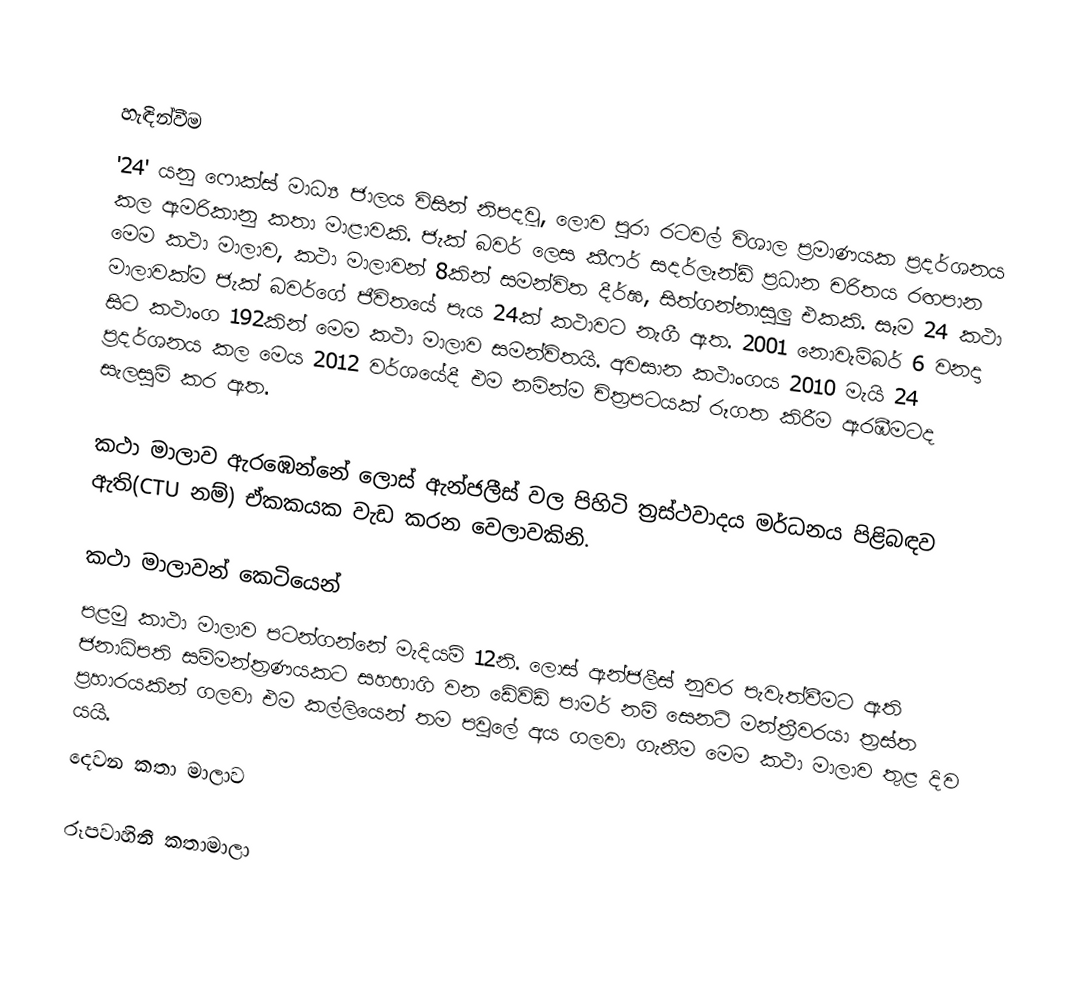

හැඳින්වීම
'24' යනු ෆොක්ස් මාධ්‍ය ජාලය විසින් නිපදවූ, ලොව පුරා රටවල් විශාල ප්‍රමාණයක ප්‍රදර්ශනය කල ඇමරිකානු කතා මාළාවකි. ජැක් බවර් ලෙස කීෆර් සදර්ලෑන්ඩ් ප්‍රධාන චරිතය රඟපාන මෙම කථා මාලාව, කථා මාලාවන් 8කින් සමන්විත දීර්ඝ, සිත්ගන්නාසුලු එකකි. සෑම 24 කථා මාලාවක්ම ජැක් බවර්ගේ ජීවිතයේ පැය 24ක් කථාවට නැගී ඇත. 2001 නොවැම්බර් 6 වනදා සිට කථාංග 192කින් මෙම කථා මාලාව සමන්විතයි. අවසාන කථාංගය 2010 මැයි 24 ප්‍රදර්ශනය කල මෙය 2012 වර්ශයේදී එම නමින්ම චිත්‍රපටයක් රූගත කිරීම ඇරඹීමටද සැලසුම් කර ඇත.

කථා මාලාව ඇරඹෙන්නේ ලොස් ඇන්ජලීස් වල පිහිටි ත්‍රස්ථවාදය මර්ධනය පිළිබඳව ඇති(CTU නම්) ඒකකයක වැඩ කරන වෙලාවකිනි.

කථා මාලාවන් කෙටියෙන්
පළමු කාථා මාලාව පටන්ගන්නේ මැදියම් 12නි. ලොස් ඇන්ජලීස් නුවර පැවැත්වීමට ඇති ජනාධිපති සම්මන්ත්‍රණයකට සහභාගි වන ඩේවිඩ් පාමර් නම් සෙනට් මන්ත්‍රීවරයා ත්‍රස්ත ප්‍රහාරයකින් ගලවා එම කල්ලියෙන් තම පවුලේ අය ගලවා ගැනීම මෙම කථා මාලාව තුළ දිව යයි.
දෙවන කතා මාලාව

රූපවාහිනී කතාමාලා